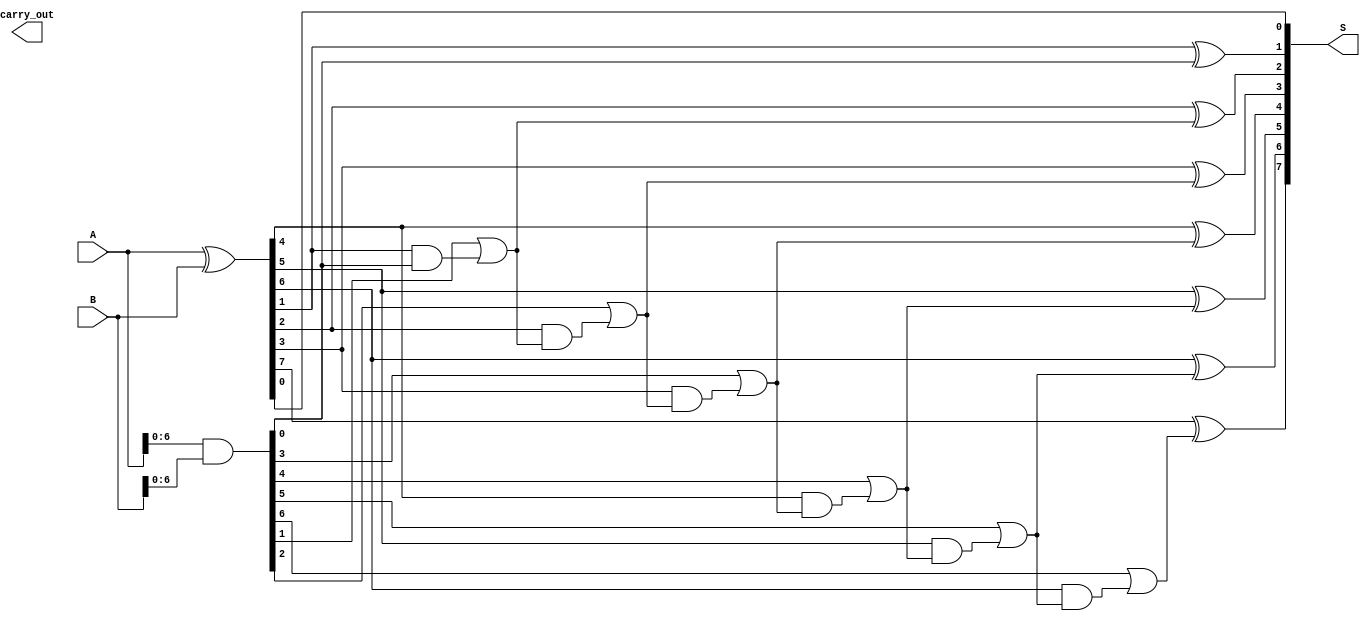
module KoggeStoneAdder #(parameter n = 8) (
    input [n-1:0] A,    // First operand
    input [n-1:0] B,    // Second operand
    output [n-1:0] S,   // Sum output
    output carry_out     // Carry out
);
    // Generate and Propagate signals
    wire [n-1:0] G; // Generate signals
    wire [n-1:0] P; // Propagate signals
    wire [n:0] C;   // Carry signals

    // Generate and Propagate Stage
    assign G = A & B;        // G[i] = A[i] & B[i]
    assign P = A ^ B;        // P[i] = A[i] ^ B[i]

    // Prefix Computation Stage
    assign C[0] = 1'b0; // C0 is always 0

    genvar i, j;
    generate
        for (i = 0; i < n; i = i + 1) begin : prefix
            if (i > 0) begin
                assign C[i] = G[i-1] | (P[i-1] & C[i-1]);
            end
        end
    endgenerate

    // Sum Computation Stage
    assign carry_out = C[n]; // Carry out for the last bit
    generate
        for (j = 0; j < n; j = j + 1) begin : sum
            assign S[j] = P[j] ^ C[j]; // S[i] = P[i] ^ C[i-1]
        end
    endgenerate

endmodule